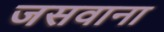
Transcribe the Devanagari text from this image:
जसवाना